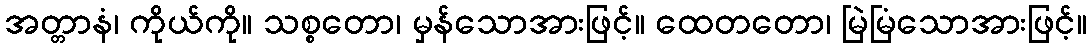
အတ္တာနံ၊ ကိုယ်ကို။ သစ္စတော၊ မှန်သောအားဖြင့်။ ထေတတော၊ မြဲမြံသောအားဖြင့်။